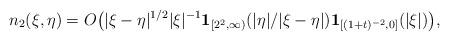
LaTeX: \begin{align*}n_2(\xi,\eta) = O \big( |\xi-\eta|^{1/2} |\xi|^{-1} \mathbf{1}_{[2^2,\infty)}(|\eta|/|\xi-\eta|) \mathbf{1}_{[(1+t)^{-2},0]}(|\xi|) \big) ,\end{align*}